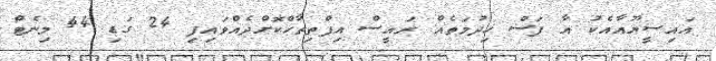
އައިސީޔޫއާއެކު އާ ފަސް ޚިދުމަތެއް ރައީސް އިފްތިތާހްކޮށްދެއްވައިފި 24 ގަޑި 44 މިނެޓް